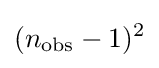
(n_{\mathrm {obs} }-1)^{2}